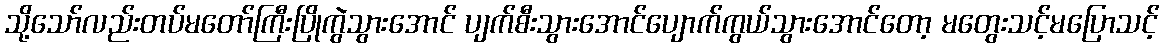
သို့သော်လည်းတပ်မတော်ကြီးပြိုကွဲသွားအောင် ပျက်စီးသွားအောင်ပျောက်ကွယ်သွားအောင်တော့ မတွေးသင့်မပြောသင့်